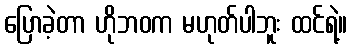
ပြောခဲ့တာ ဟိုဘဝက မဟုတ်ပါဘူး ထင်ရဲ့။